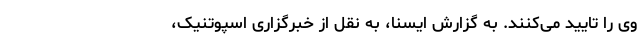
وی را تایید می‌کنند. به گزارش ایسنا، به نقل از خبرگزاری اسپوتنیک،